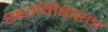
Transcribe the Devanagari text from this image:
स्थानिकरण